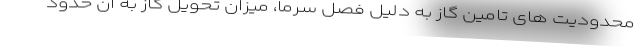
محدودیت های تامین گاز به دلیل فصل سرما، میزان تحویل گاز به آن حدود